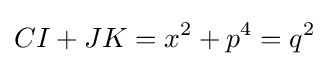
CI+JK=x^{2}+p^{4}=q^{2}